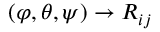
( \varphi , \theta , \psi ) \rightarrow R _ { i j }